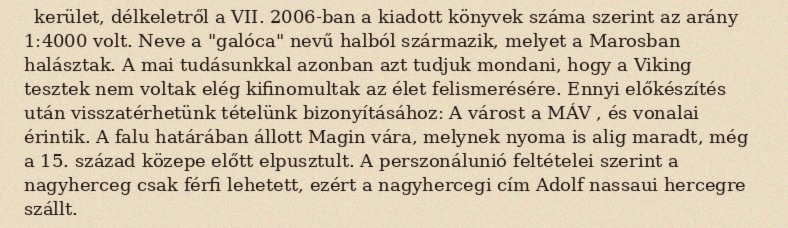
kerület, délkeletről a VII. 2006-ban a kiadott könyvek száma szerint az arány 1:4000 volt. Neve a "galóca" nevű halból származik, melyet a Marosban halásztak. A mai tudásunkkal azonban azt tudjuk mondani, hogy a Viking tesztek nem voltak elég kifinomultak az élet felismerésére. Ennyi előkészítés után visszatérhetünk tételünk bizonyításához: A várost a MÁV , és vonalai érintik. A falu határában állott Magin vára, melynek nyoma is alig maradt, még a 15. század közepe előtt elpusztult. A perszonálunió feltételei szerint a nagyherceg csak férfi lehetett, ezért a nagyhercegi cím Adolf nassaui hercegre szállt.